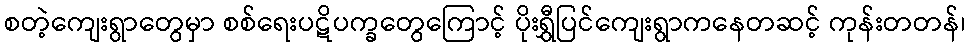
စတဲ့ကျေးရွာတွေမှာ စစ်ရေးပဋိပက္ခတွေကြောင့် ပိုးရွှီပြင်ကျေးရွာကနေတဆင့် ကုန်းတတန်၊